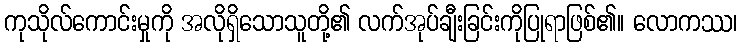
ကုသိုလ်ကောင်းမှုကို အလိုရှိသောသူတို့၏ လက်အုပ်ချီးခြင်းကိုပြုရာဖြစ်၏။ လောကဿ၊